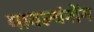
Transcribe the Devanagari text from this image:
मावल्यंनोंग